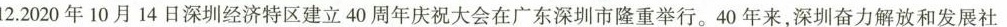
12.2020年10月14日深圳经济特区建立40周年庆祝大会在广东深圳市隆重举行。40年来，深圳奋力解放和发展社